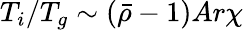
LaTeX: T_{i}/T_{g}\sim(\bar{\rho}-1)Ar\chi